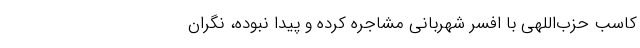
کاسب‌ حزب‌اللهی‌ با افسر شهربانی‌ مشاجره‌ کرده‌ و پیدا نبوده‌، نگران‌